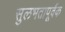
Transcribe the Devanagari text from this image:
सुलभतापूर्वक